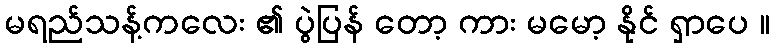
မရည်သန့်ကလေး ၏ ပွဲပြန် တော့ ကား မမော့ နိုင် ရှာပေ ။